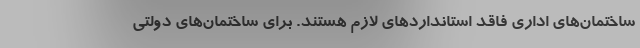
ساختمان‌های اداری فاقد استانداردهای لازم هستند. برای ساختمان‌های دولتی